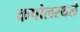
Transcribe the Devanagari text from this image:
कपोलस्थले